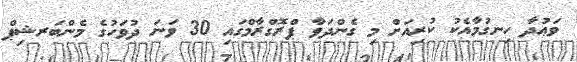
ވަޢުދާ ހިނގުމާއެކު ކުރިއަށް މި ގެންދަވާ ޕްރޮގްރާމްގައި 30 ވަނަ ދުވަހުގެ މެންބަރޝިޕް